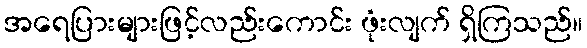
အရေပြားများဖြင့်လည်းကောင်း ဖုံးလျက် ရှိကြသည်။